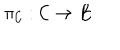
\pi _ { { \cal { C } } } : { \cal { C } } \rightarrow B